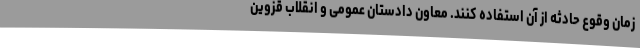
زمان وقوع حادثه از آن استفاده کنند. معاون دادستان عمومی و انقلاب قزوین